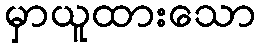
မှာယူထားသော